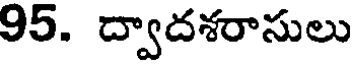
95. ద్వాదశరాసులు